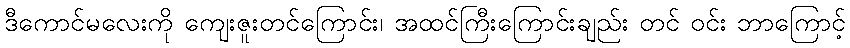
ဒီကောင်မလေးကို ကျေးဇူးတင်ကြောင်း၊ အထင်ကြီးကြောင်းချည်း တင် ဝင်း ဘာကြောင့်